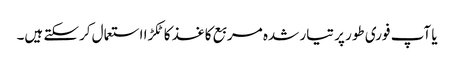
یا آپ فوری طور پر تیار شدہ مربع کاغذ کا ٹکڑا استعمال کرسکتے ہیں۔